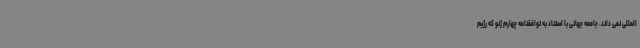
المللی نمی داند. جامعه جهانی با استناد به توافقنامه چهارم ژنو که رژیم